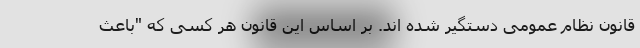
قانون نظام عمومی دستگیر شده اند. بر اساس این قانون هر کسی که "باعث